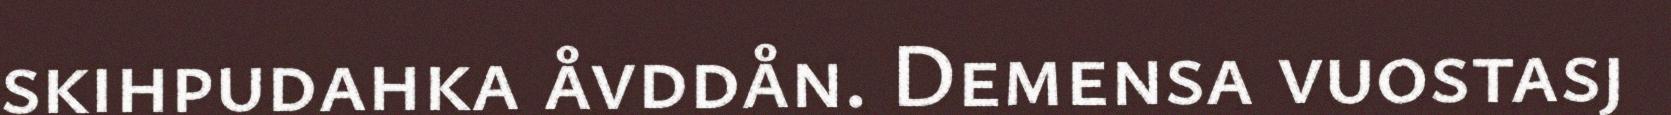
skihpudahka åvddån. Demensa vuostasj